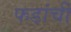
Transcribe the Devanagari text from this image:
फडांची